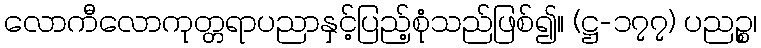
လောကီလောကုတ္တရာပညာနှင့်ပြည့်စုံသည်ဖြစ်၍။ (ဋ္ဌ-၁၇၇) ပညဉ္စ၊